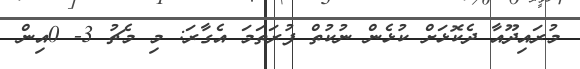
މުރައިދޫއާ ދެކޮޅަށް ކުޅެން ނުކުތް ފުރަތަމަ އެގާރަ: މި މެޗު 3- 0އިން